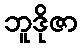
ဘူဒိုဇာ